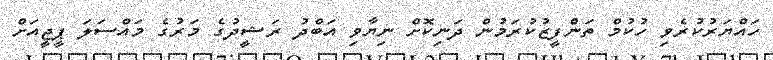
ހައްޔަރުކުރެވި ހުކުމް ތަންފީޒުކުރަމުން ދަނިކޮށް ނިޔާވި އަބްދު ރަޝީދުގެ މަރުގެ މައްސަލަ ޕީޖީއަށް